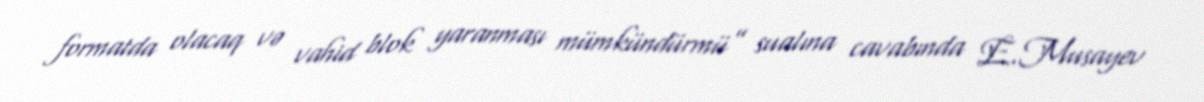
formatda olacaq və vahid blok yaranması mümkündürmü” sualına cavabında E.Musayev